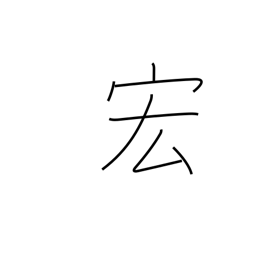
Meaning: wide